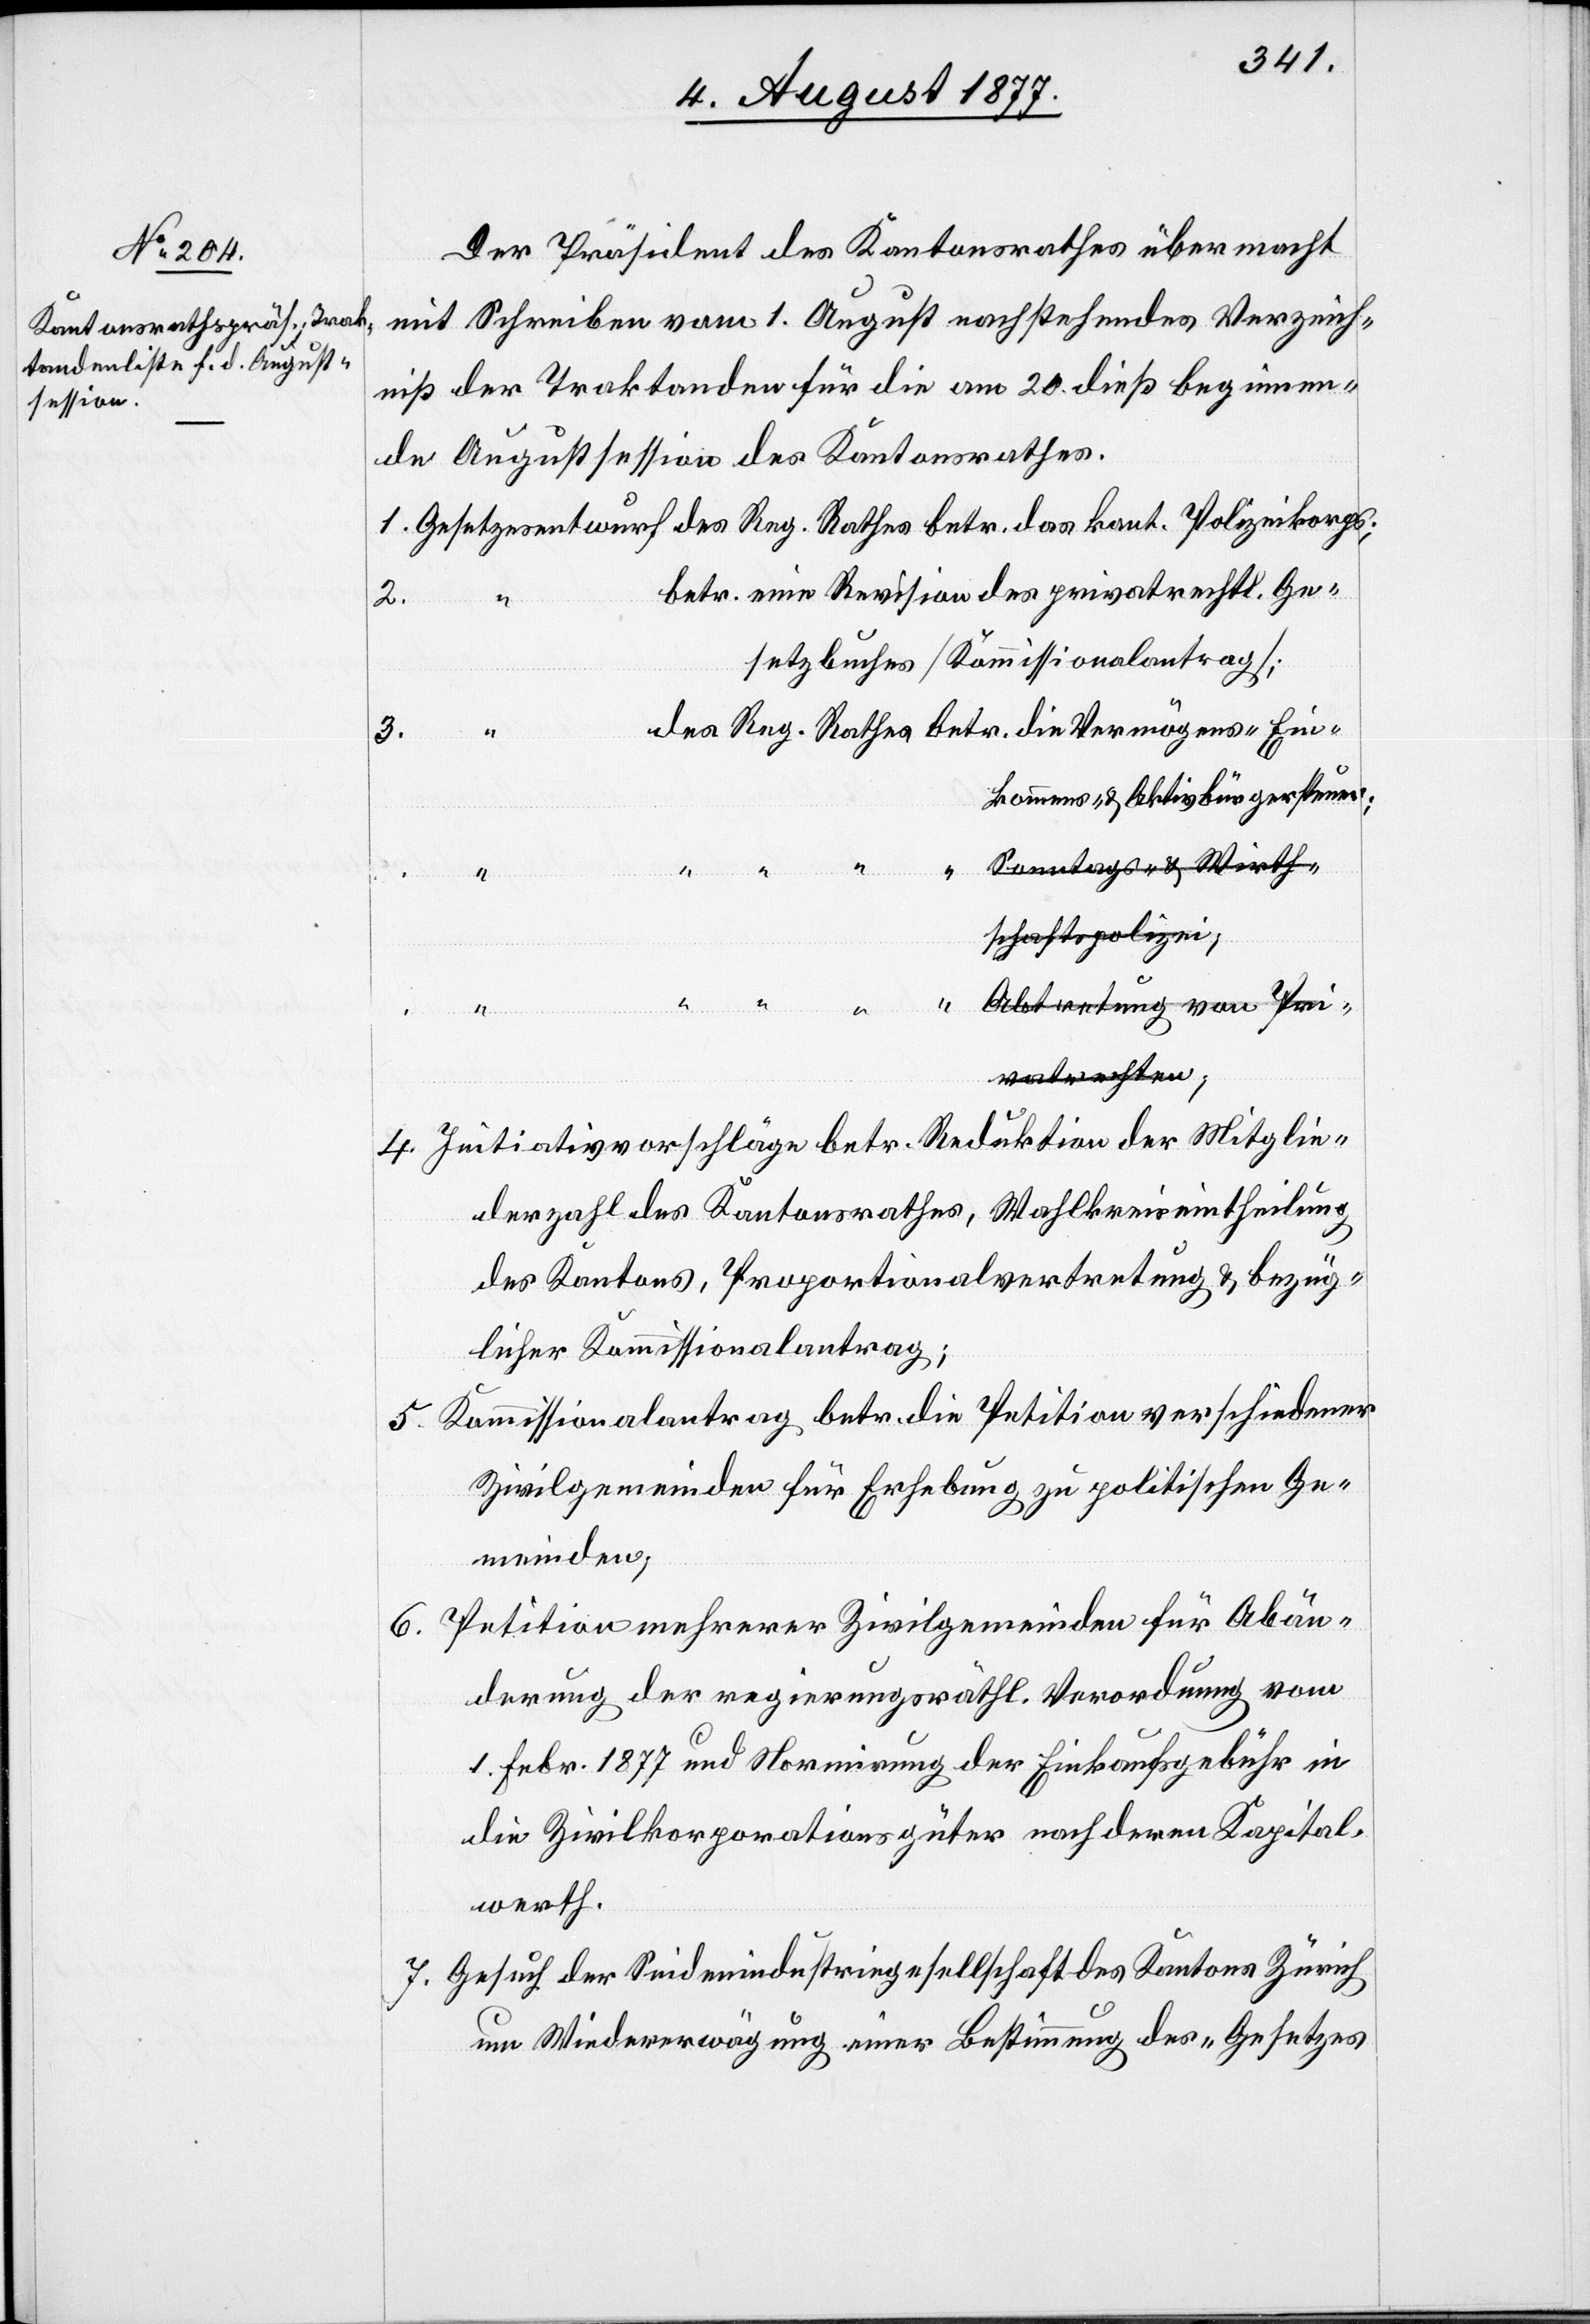
Der Präsident des Kantonsrathes übermacht
mit Schreiben vom 1. August nachstehendes Verzeich¬
niß der Traktanden für die am 20. dieß beginnen¬
de Augustsession des Kantonsrathes.
Gesetzesentwurf des Reg. Rathes betr. das kant. Polizeikorps;
betr. eine Revision des privatrechtl. Ge¬
3.
“
des Reg. Rathes betr. die Vermögens-[,] Ein¬
a-Sonntags- & Wirth¬
kommens-
schaftspolizei-a;
5.
a-Abtretung von Pri¬
1.
Aktivbürgersteuer;
vatrechten-a;
Initiativvorschläge betr. Reduktion der Mitglie¬
derzahl des Kantonsrathes, Wahlkreiseintheilung
des Kantons, Proportionalvertretung & bezüg¬
licher Kommissionalantrag;
Kommissionalantrag betr. die Petition verschiedener
Zivilgemeinden für Erhebung zu politischen Ge¬
meinden;
Petition mehrerer Zivilgemeinden für Abän¬
6.
derung der regierungsräthl. Verordnung vom
1. Febr. 1877 und Normirung der Einkaufsgebühr in
die Zivilkorporationsgüter nach deren Kapital¬
werth.
Gesuch der Seidenindustriegesellschaft des Kantons Zürich
um Wiedererwägung einer Bestimmung des „Gesetzes